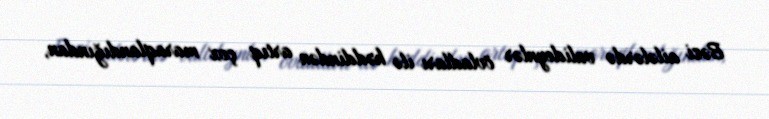
Bəzi ailələrdə valideynlər övladları ilə həddindən artıq çox maraqlandığından,